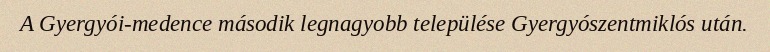
A Gyergyói-medence második legnagyobb települése Gyergyószentmiklós után.